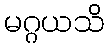
မဂ္ဂယသိ